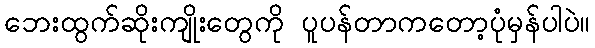
ဘေးထွက်ဆိုးကျိုးတွေကို ပူပန်တာကတော့ပုံမှန်ပါပဲ။